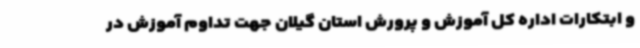
و ابتکارات اداره کل آموزش و پرورش استان گیلان جهت تداوم آموزش در